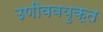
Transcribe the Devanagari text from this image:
उणीववयुक्त